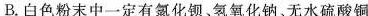
B.白色粉末中一定有氯化钡。氢氧化钠、无水硫酸铜